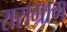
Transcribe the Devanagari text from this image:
रासग्राम